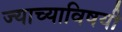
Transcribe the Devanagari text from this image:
ज्याच्याविषयी